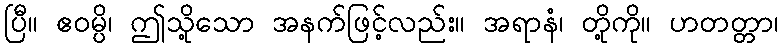
ပြီ။ ဧဝမ္ပိ၊ ဤသို့သော အနက်ဖြင့်လည်း။ အရာနံ၊ တို့ကို။ ဟတတ္တာ၊